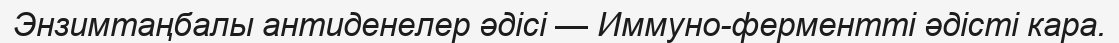
Энзимтаңбалы антиденелер әдісі — Иммуно-ферментті әдісті кара.